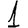
Digit: 1